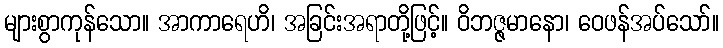
များစွာကုန်သော။ အာကာရေဟိ၊ အခြင်းအရာတို့ဖြင့်။ ဝိဘဇ္ဇမာနော၊ ဝေဖန်အပ်သော်။